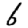
Digit: 6